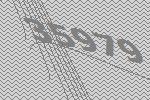
35979